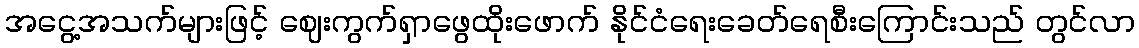
အငွေ့အသက်များဖြင့် ဈေးကွက်ရှာဖွေထိုးဖောက် နိုင်ငံရေးခေတ်ရေစီးကြောင်းသည် တွင်လာ